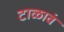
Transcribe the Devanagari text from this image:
टाळावं